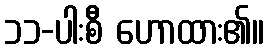
၁၁-ပါးစီ ဟောထား၏။